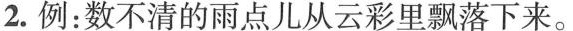
2.例：数不清的雨点儿从云彩里飘落下来。